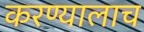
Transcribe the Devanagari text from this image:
करण्यालाच